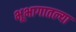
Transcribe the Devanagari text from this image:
भूभागातल्या